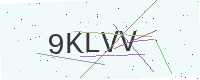
Text: 9KLVV